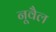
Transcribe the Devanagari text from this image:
नूवैल